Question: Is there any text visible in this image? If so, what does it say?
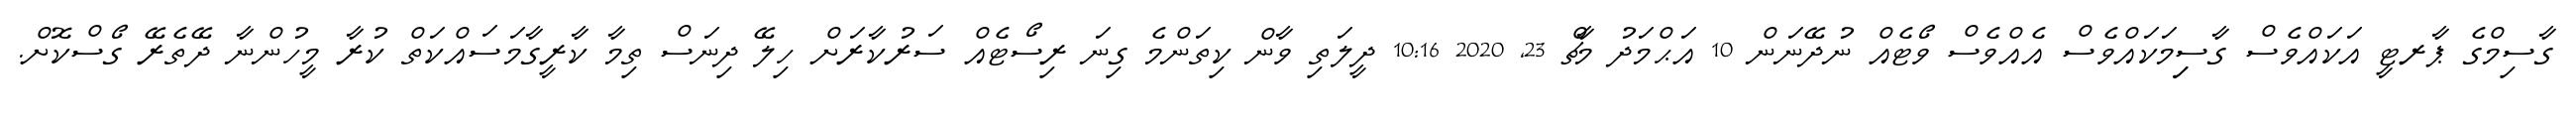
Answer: ގާސިމްގެ ޕާރޓީ އަކައްވެސް ގާސިިމަކައްވެސް އެއްވެސް ވޯޓެއް ނުދޭނަން 10 އަޙްމަދު މާޗް 23, 2020 10:16 ދީލަތި ވާން ކިތަންމެ ގިނަ ރިސޯޓެއް ސަރުކާރަށް ހިލޭ ދިނަސް ތިމާ ކާރީގާމަސައްކަތް ކުރާ މީހުންނާ ދޭތެރޭ ގޯސްކޮށް.